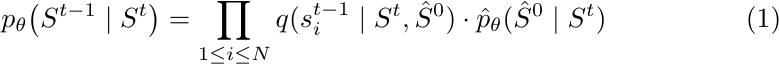
\begin{equation}
p_\theta\big(S^{t-1}\mid S^t\big)=\prod_{1\leq i\leq N}q(s_i^{t-1}\mid S^t,\hat{S}^0)\cdot\hat{p}_\theta(\hat{S}^0\mid S^t)
\end{equation}